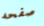
صفحه